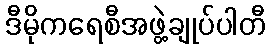
ဒီမိုကရေစီအဖွဲ့ချုပ်ပါတီ